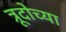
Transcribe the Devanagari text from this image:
त्रूदोच्या